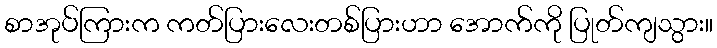
စာအုပ်ကြားက ကတ်ပြားလေးတစ်ပြားဟာ အောက်ကို ပြုတ်ကျသွား။